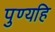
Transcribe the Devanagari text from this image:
पुण्यहि